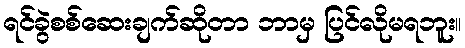
ရင်ခွဲစစ်ဆေးချက်ဆိုတာ ဘာမှ ပြင်လိုမရဘူး။